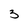
Character: 3